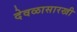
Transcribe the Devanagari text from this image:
देवळासारखी